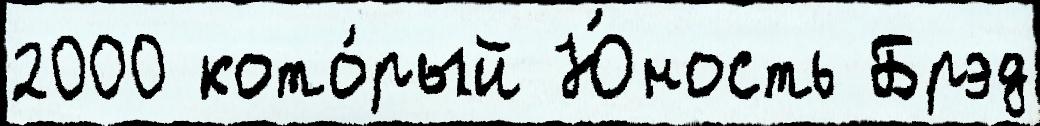
2000 кото́рый Ю́ность Брэд